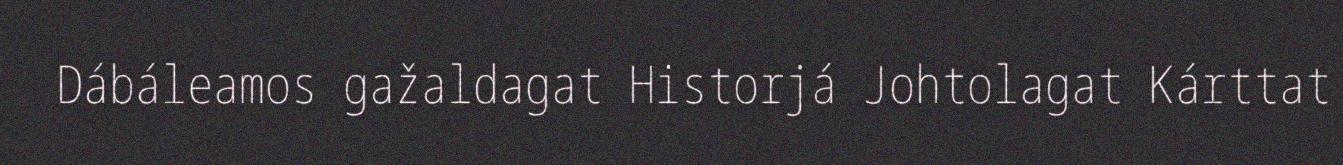
Dábáleamos gažaldagat Historjá Johtolagat Kárttat